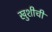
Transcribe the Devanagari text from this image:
खुशीची